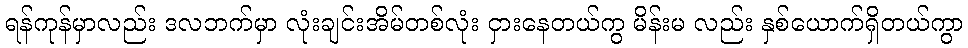
ရန်ကုန်မှာလည်း ဒလဘက်မှာ လုံးချင်းအိမ်တစ်လုံး ငှားနေတယ်ကွ မိန်းမ လည်း နှစ်ယောက်ရှိတယ်ကွာ